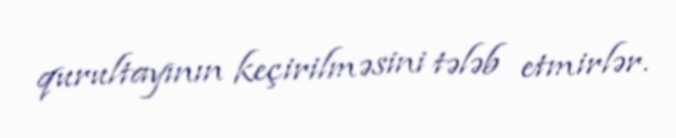
qurultayının keçirilməsini tələb etmirlər.